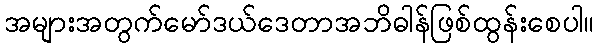
အများအတွက်မော်ဒယ်ဒေတာအဘိဓါန်ဖြစ်ထွန်းစေပါ။